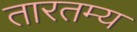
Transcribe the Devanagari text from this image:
तारतम्‍य